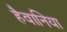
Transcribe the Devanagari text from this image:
हैवानिया